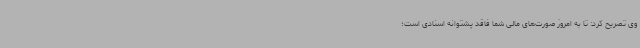
وی تصریح کرد: تا به امروز صورت‌های مالی شما فاقد پشتوانه اسنادی است؛